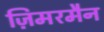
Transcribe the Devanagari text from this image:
ज़िमरमैन